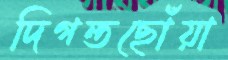
দিগন্তছোঁয়া